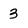
Character: 3